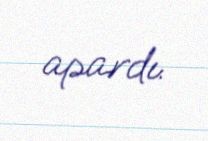
apardı.